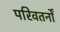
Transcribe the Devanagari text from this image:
परिवतर्नों